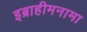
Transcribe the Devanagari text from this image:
इब्राहीमनामा